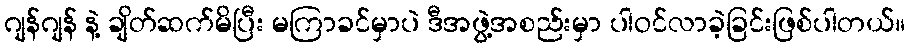
ဂျန်ဂျန် နဲ့ ချိတ်ဆက်မိပြီး မကြာခင်မှာပဲ ဒီအဖွဲ့အစည်းမှာ ပါဝင်လာခဲ့ခြင်းဖြစ်ပါတယ်။